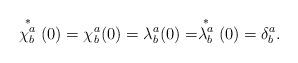
LaTeX: \begin{align*}\stackrel{*}{\chi^a_b}(0)=\chi^a_b(0)=\lambda^a_b(0)= \stackrel{*}{\lambda^a_b}(0)=\delta^a_b.\end{align*}